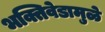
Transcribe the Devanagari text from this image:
भक्तिवेडामुळे